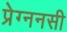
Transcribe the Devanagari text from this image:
प्रेग्ननसी